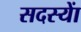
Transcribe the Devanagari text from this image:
सदस्याें